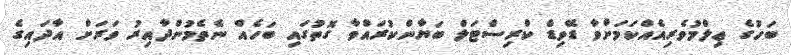
ބަހުގެ ޢިލްމުވެރިއެއްކަމަށްވާ ޑޭވިޑް ކްރިސްޓަލް ބަޔާންކުރައްވާ ގޮތުގައި ބަހެއް ނެތެމުންދާއިރު ވަރަށް އާދައިގެ